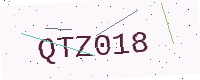
Text: QTZ018